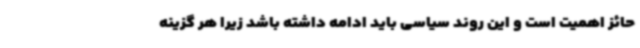
حائز اهمیت است و این روند سیاسی باید ادامه داشته باشد زیرا هر گزینه